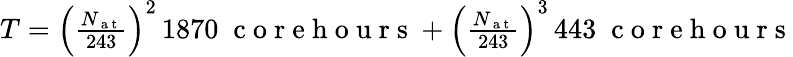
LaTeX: \begin{array}{r}{T=\left(\frac{N_{\mathrm{~a~t~}}}{243}\right)^{2}\, 1870\; \mathrm{~c~o~r~e~h~o~u~r~s~}+\left(\frac{N_{\mathrm{~a~t~}}}{243}\right)^{3}\, 443\; \mathrm{~c~o~r~e~h~o~u~r~s~}}\end{array}